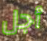
أجل